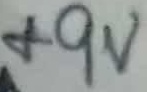
Text: +9V